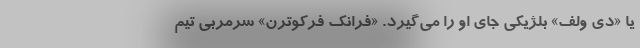
یا «دی ولف» بلژیکی جای او را می‌گیرد. «فرانک فرکوترن» سرمربی تیم